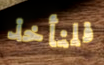
فلنأخذ